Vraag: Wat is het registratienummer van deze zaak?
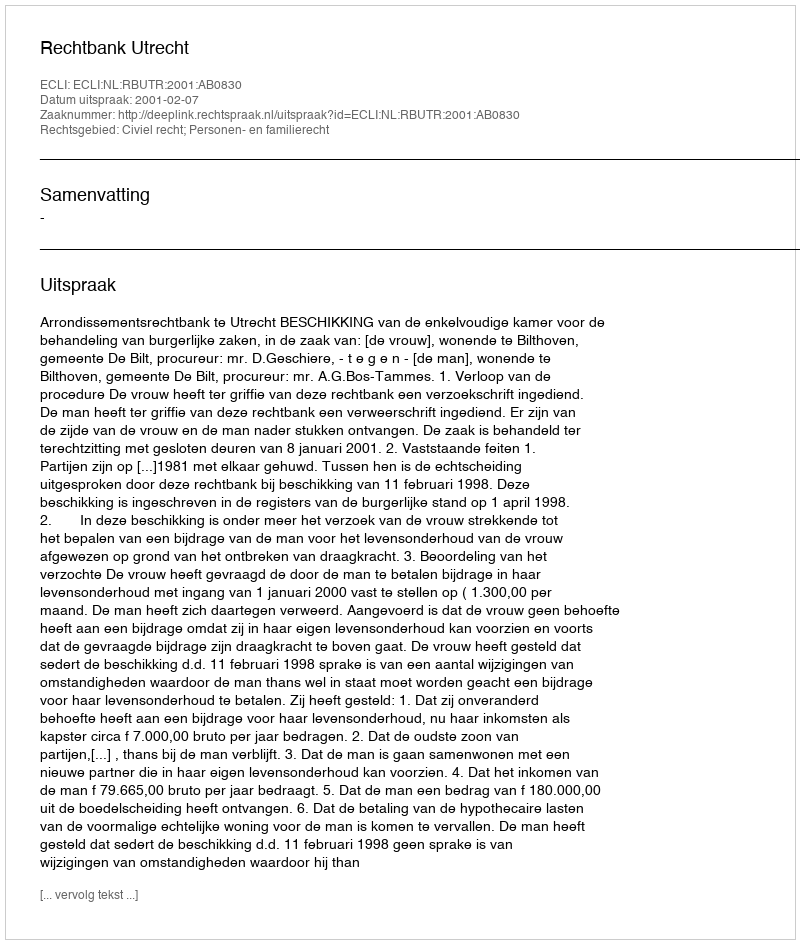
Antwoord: http://deeplink.rechtspraak.nl/uitspraak?id=ECLI:NL:RBUTR:2001:AB0830